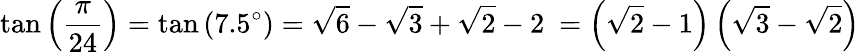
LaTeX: \tan\left({\frac{\pi}{24}}\right)=\tan\left(7.5^{\circ}\right)={\sqrt{6}}-{\sqrt{3}}+{\sqrt{2}}-2\ =\left({\sqrt{2}}-1\right)\left({\sqrt{3}}-{\sqrt{2}}\right)